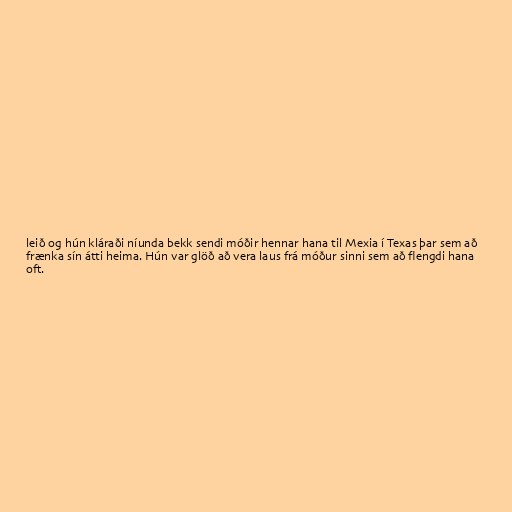
leið og hún kláraði níunda bekk sendi móðir hennar hana til Mexia í Texas þar sem að
frænka sín átti heima. Hún var glöð að vera laus frá móður sinni sem að flengdi hana
oft.